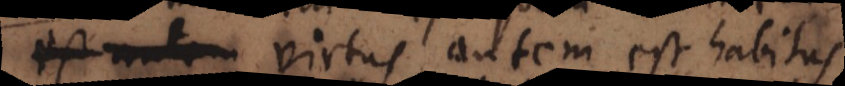
colere, virtus autem est habitus